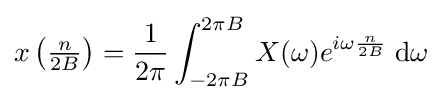
x\left({\tfrac {n}{2B}}\right)={1 \over 2\pi }\int _{-2\pi B}^{2\pi B}X(\omega )e^{i\omega {n \over {2B}}}\;{\rm {d}}\omega